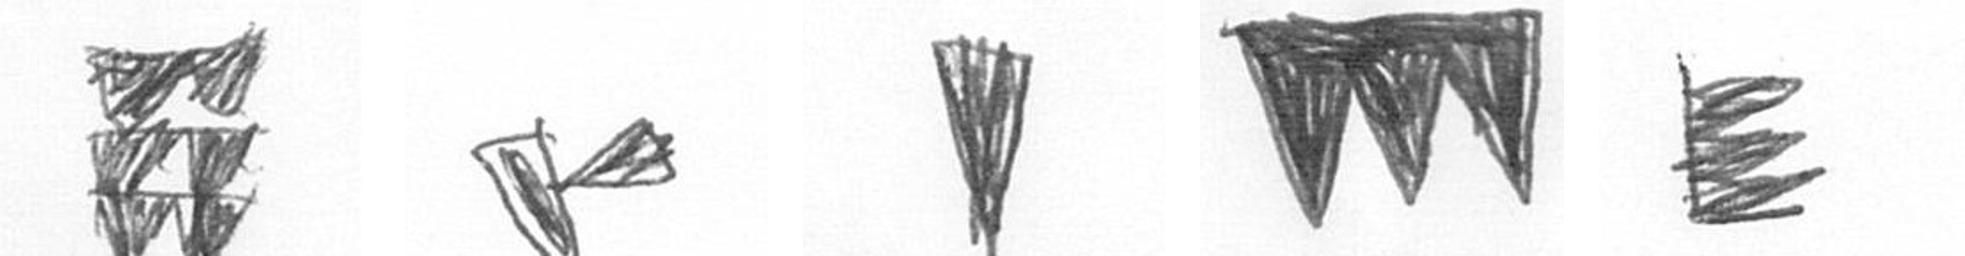
Y F J L H